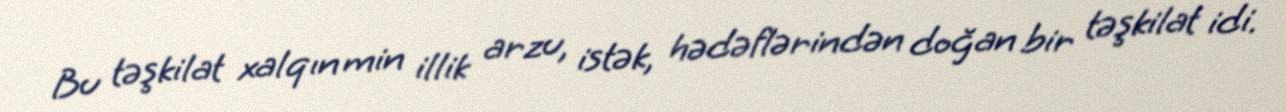
Bu təşkilat xalqın min illik arzu, istək, hədəflərindən doğan bir təşkilat idi.